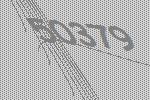
50379